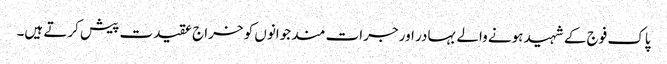
پاک فوج کے شہید ہونے والے بہادر اور جرات مند جوانوں کو خراج عقیدت پیش کرتے ہیں۔